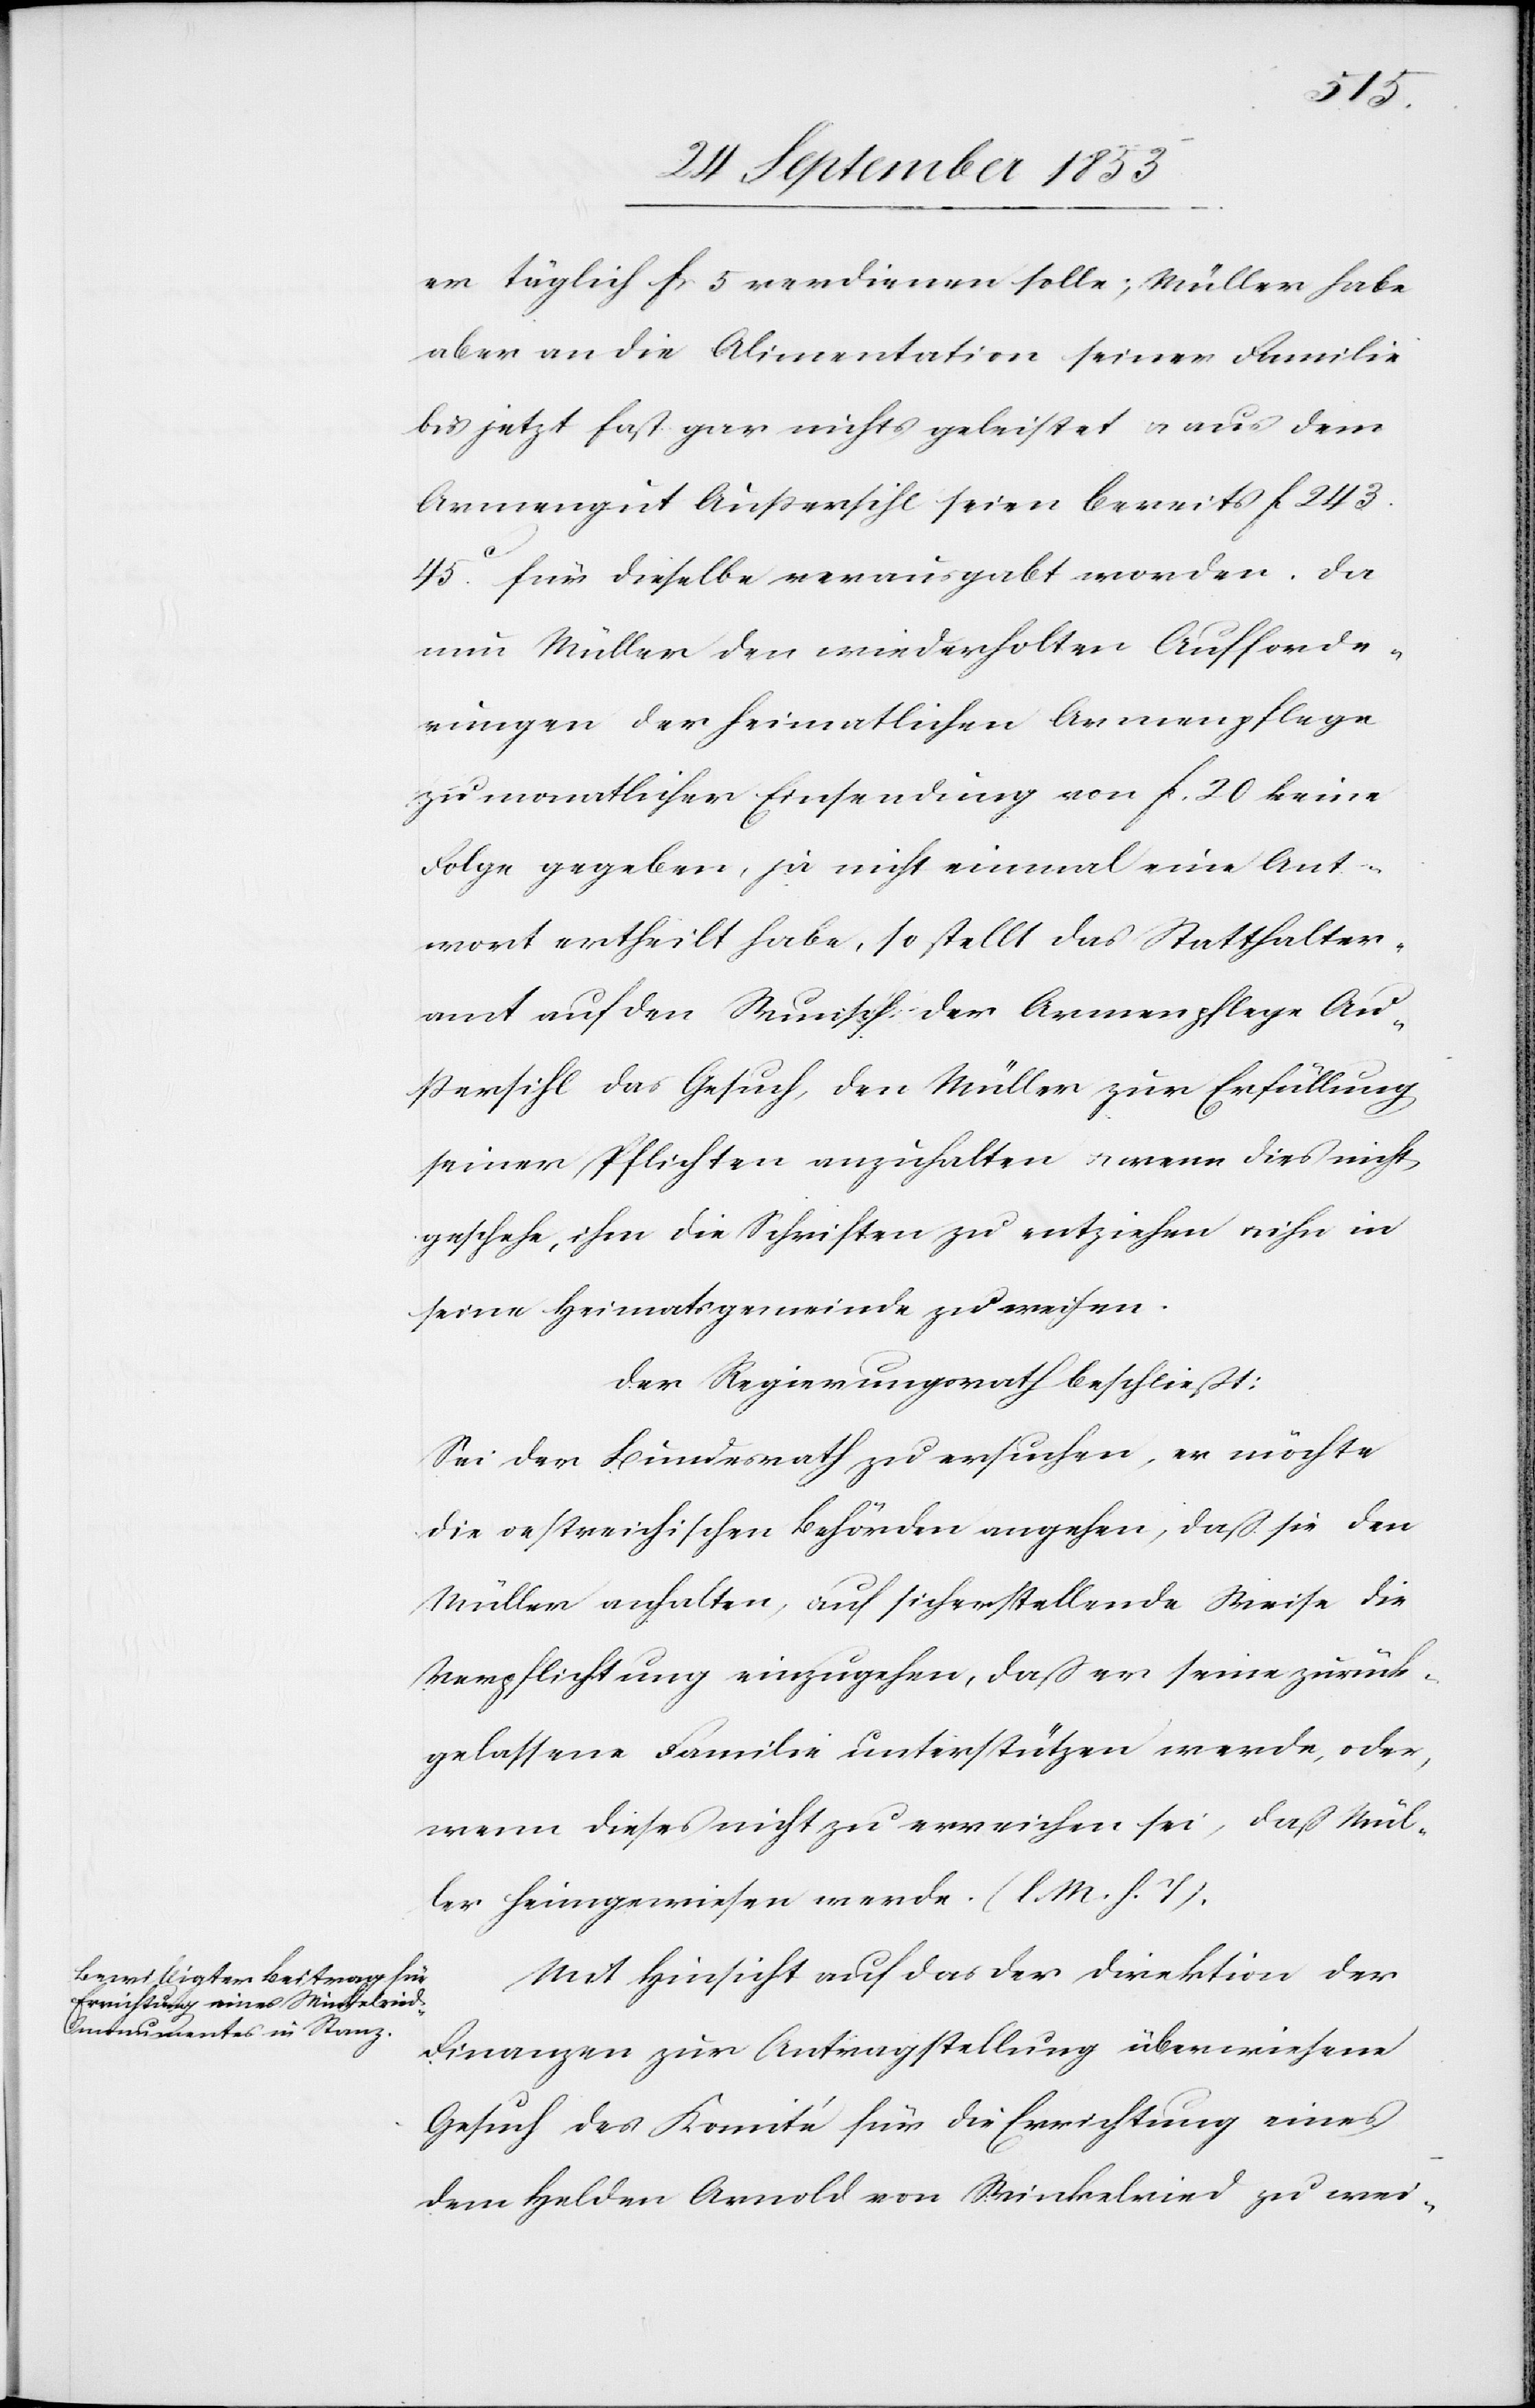
er täglich fr. 5 verdienen solle; Müller habe
aber an die Alimentation seiner Familie
bis jetzt fast gar nichts geleistet u. aus dem
Armengut Außersihl seien bereits fc
243.45c für dieselbe verausgabt worden. Da
nun Müller den wiederholten Aufforde¬
rungen der heimatlichen Armenpflege
zu monatlicher Einsendung von fc 20 keine
Folge gegeben, ja nicht einmal eine Ant¬
wort ertheilt habe, so stellt das Statthalter¬
amt auf den Wunsch der Armenpflege Au¬
ßersihl das Gesuch, den Müller zur Erfüllung
seiner Pflichten anzuhalten u. wenn dies nicht
geschehe, ihm die Schriften zu entziehen u. ihn in
seine Heimatsgemeinde zu weisen.
Der Regierungsrath beschließt:
Sei der Bundesrath zu ersuchen, er möchte
die oestreichischen Behörden angehen, daß sie den
Müller anhalten, auf sicherstellende Weise die
Verpflichtung einzugehen, daß er seine zurück¬
gelassene Familie unterstützen werde, oder,
wenn dieses nicht zu erreichen sei, daß Mül¬
ler heimgewiesen werde. [l. M. h. T]
Mit Hinsicht auf das der Direktion der
Finanzen zur Antragstellung überwiesene
Gesuch des Komité für die Errichtung eines
dem holden Arnold von Winkelried zu wei-